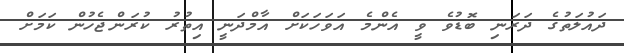
ދައުލަތުގެ ދަރަނި ބޮޑުވެ ވީ އެންމެ އަވަހަކަށް އާމްދަނީ އިތުރު ކުރަންޖެހުން ކަމަށް